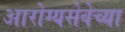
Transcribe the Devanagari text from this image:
आरोग्यसेवेच्या